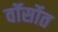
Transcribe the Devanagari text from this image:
वॉर्सोत